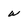
Character: w